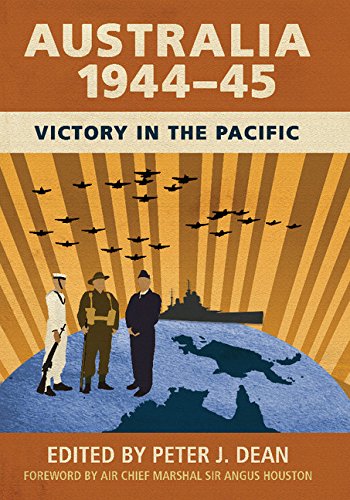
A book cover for Australia 1944-45: Victory in the Pacific (Australian Army History); History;